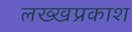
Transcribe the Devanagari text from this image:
लख्खप्रकाश